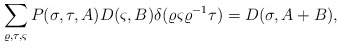
\begin{align*}\sum_{\varrho, \tau, \varsigma}P (\sigma,\tau, A) D (\varsigma, B)\delta (\varrho \varsigma \varrho^{-1}\tau)= D (\sigma, A+ B),\end{align*}